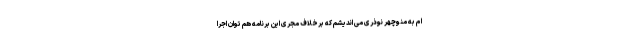
ام به منوچهر نوذری می اندیشم که برخلاف مجری این برنامه هم توان اجرا